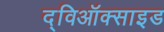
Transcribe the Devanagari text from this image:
द्विऑक्साइड